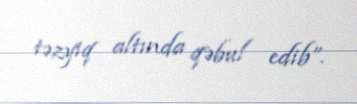
təzyiq altında qəbul edib”.